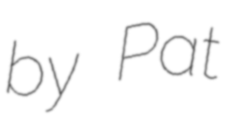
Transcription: by Pat